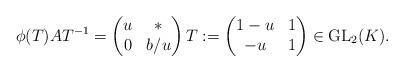
LaTeX: \begin{gather*}\phi(T)AT^{-1}=\begin{pmatrix}u&*\\0&b/u\end{pmatrix} T:=\begin{pmatrix}1-u&1\\-u&1\end{pmatrix}\in\operatorname{GL}_{2}(K).\end{gather*}